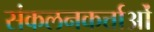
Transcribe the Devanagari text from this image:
संकलनकर्त्ताओं